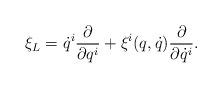
LaTeX: \begin{align*} \xi_L=\dot{q}^{i}\frac{\partial}{\partial q^i}+\xi^i(q,\dot{q})\frac{\partial}{\partial {\dot q}^i}. \end{align*}